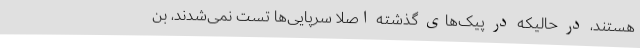
هستند، در حالیکه در پیک‌های گذشته اصلا سرپایی‌ها تست نمی‌شدند، بن